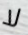
لا